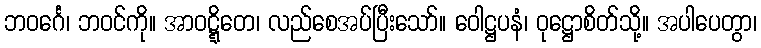
ဘဝင်္ဂေ၊ ဘဝင်ကို။ အာဝဋ္ဋိတေ၊ လည်စေအပ်ပြီးသော်။ ဝေါဋ္ဌပနံ၊ ဝုဋ္ဌောစိတ်သို့။ အပါပေတွာ၊